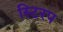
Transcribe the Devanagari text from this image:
स्टिरप